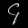
Digit: ၄